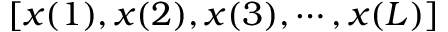
\left[ x ( 1 ) , x ( 2 ) , x ( 3 ) , \cdots , x ( L ) \right]